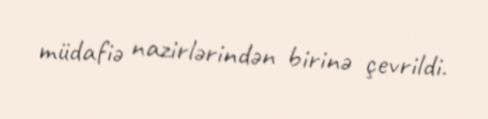
müdafiə nazirlərindən birinə çevrildi.